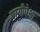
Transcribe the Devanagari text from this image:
गायीपेक्षा